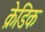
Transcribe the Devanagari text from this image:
क्रेडिक